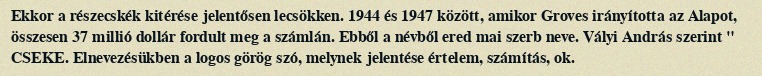
Ekkor a részecskék kitérése jelentősen lecsökken. 1944 és 1947 között, amikor Groves irányította az Alapot, összesen 37 millió dollár fordult meg a számlán. Ebből a névből ered mai szerb neve. Vályi András szerint " CSEKE. Elnevezésükben a logos görög szó, melynek jelentése értelem, számítás, ok.